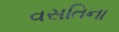
વસતિના